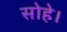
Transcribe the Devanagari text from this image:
सोहे।